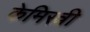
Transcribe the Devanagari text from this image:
केमिस्त्री